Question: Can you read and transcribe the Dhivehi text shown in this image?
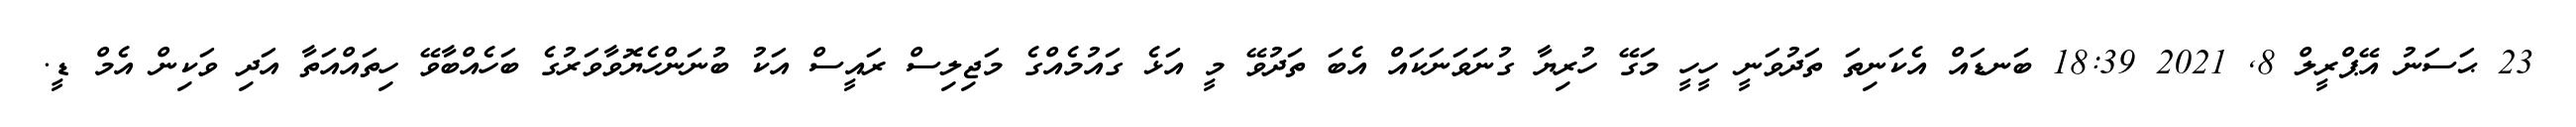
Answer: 23 ޙަސަނު އޭޕްރީލް 8, 2021 18:39 ބަނޑައް އެކަނިތަ ތަދުވަނީ ހީހީ މަގޭ ހުރިޔާ ގުނަވަނަކައް އެބަ ތަދުވޭ މީ އަޅެ ގައުމެއްގެ މަޖިލިސް ރައީސް އަކު ބުނަންހެޔޮވާވަރުގެ ބަހެއްބާވޭ ހިތައްއަތާ އަދި ވަކިން އެމް ޑީ.